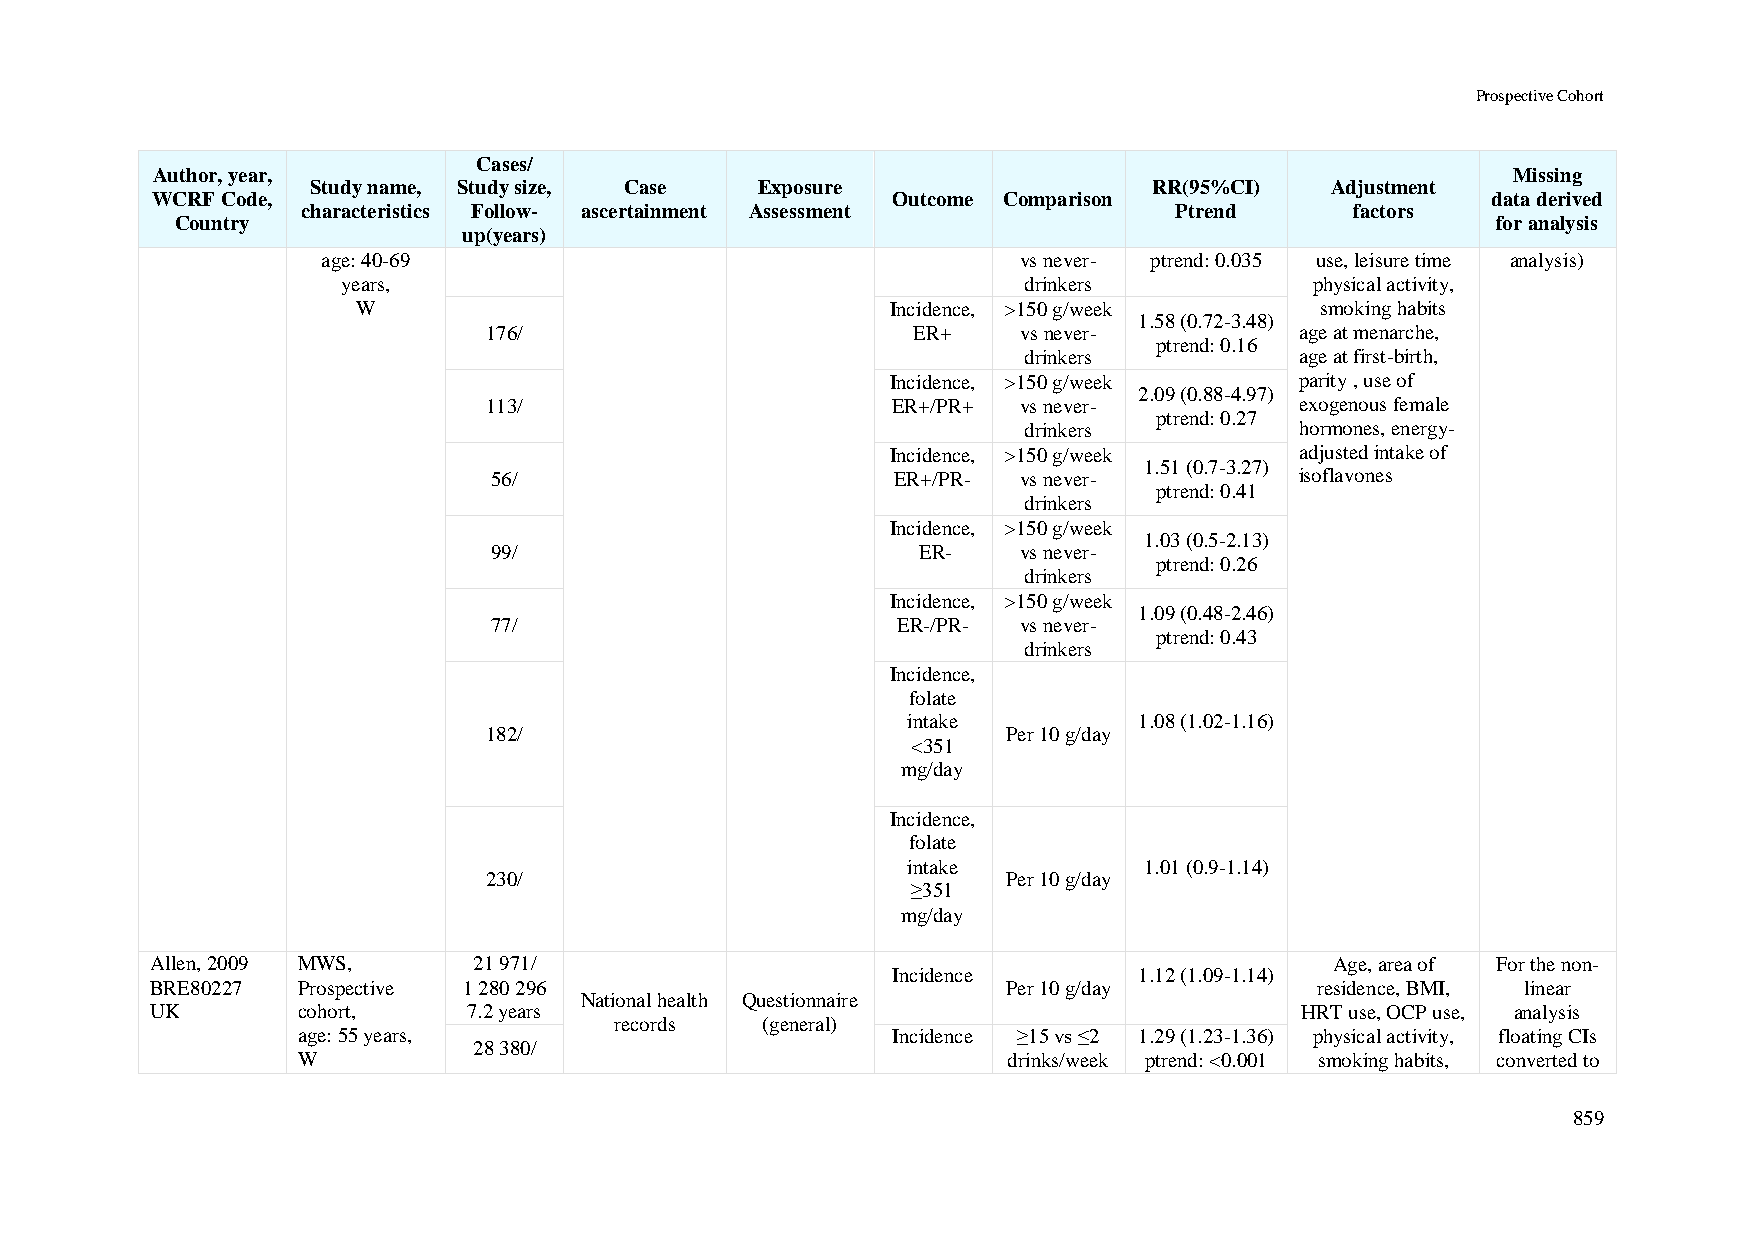
Prospective Cohort
 Cases/
 Author, year,                                                                             Missing
 Study name, Study size, Case Exposure                  RR(95%CI)   Adjustment
 WCRF Code,                                       Outcome Comparison                      data derived
 characteristics Follow- ascertainment Assessment          Ptrend      factors
 Country                                                                                for analysis
 up(years)
 age: 40-69                                     vs never- ptrend: 0.035 use, leisure time analysis)
 years,                                       drinkers           physical activity,
 W                                  Incidence, >150 g/week      smoking habits
 1.58 (0.72-3.48)
 176/                        ER+     vs never-         age at menarche,
 ptrend: 0.16
 drinkers          age at first-birth,
 Incidence, >150 g/week     parity , use of
 2.09 (0.88-4.97)
 113/                       ER+/PR+  vs never-         exogenous female
 ptrend: 0.27
 drinkers          hormones, energy-
 Incidence, >150 g/week     adjusted intake of
 1.51 (0.7-3.27)
 56/                       ER+/PR-  vs never-         isoflavones
 ptrend: 0.41
 drinkers
 Incidence, >150 g/week
 1.03 (0.5-2.13)
 99/                         ER-    vs never-
 ptrend: 0.26
 drinkers
 Incidence, >150 g/week
 1.09 (0.48-2.46)
 77/                       ER-/PR-  vs never-
 ptrend: 0.43
 drinkers
 Incidence,
 folate
 intake         1.08 (1.02-1.16)
 182/                               Per 10 g/day
 <351
 mg/day
 Incidence,
 folate
 intake          1.01 (0.9-1.14)
 230/                               Per 10 g/day
 ≥351
 mg/day
 Allen, 2009 MWS,     21 971/                                                  Age, area of For the non-
 Incidence       1.12 (1.09-1.14)
 BRE80227  Prospective 1 280 296                          Per 10 g/day        residence, BMI, linear
 National health Questionnaire
 UK        cohort,    7.2 years                                              HRT use, OCP use, analysis
 records  (general)
 age: 55 years,                         Incidence ≥15 vs ≤2 1.29 (1.23-1.36) physical activity, floating CIs
 28 380/
 W                                              drinks/week ptrend: <0.001 smoking habits, converted to
 859